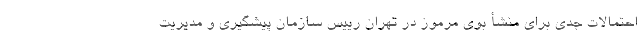
احتمالات جدی برای منشأ بوی مرموز در تهران رییس سازمان پیشگیری و مدیریت